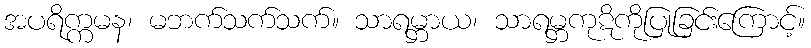
အပရိက္ကမန၊ မဘက်သက်သက်။ သာရမ္ဘာယ၊ သာရမ္ဘကုဋိကိုပြုခြင်းကြောင့်။